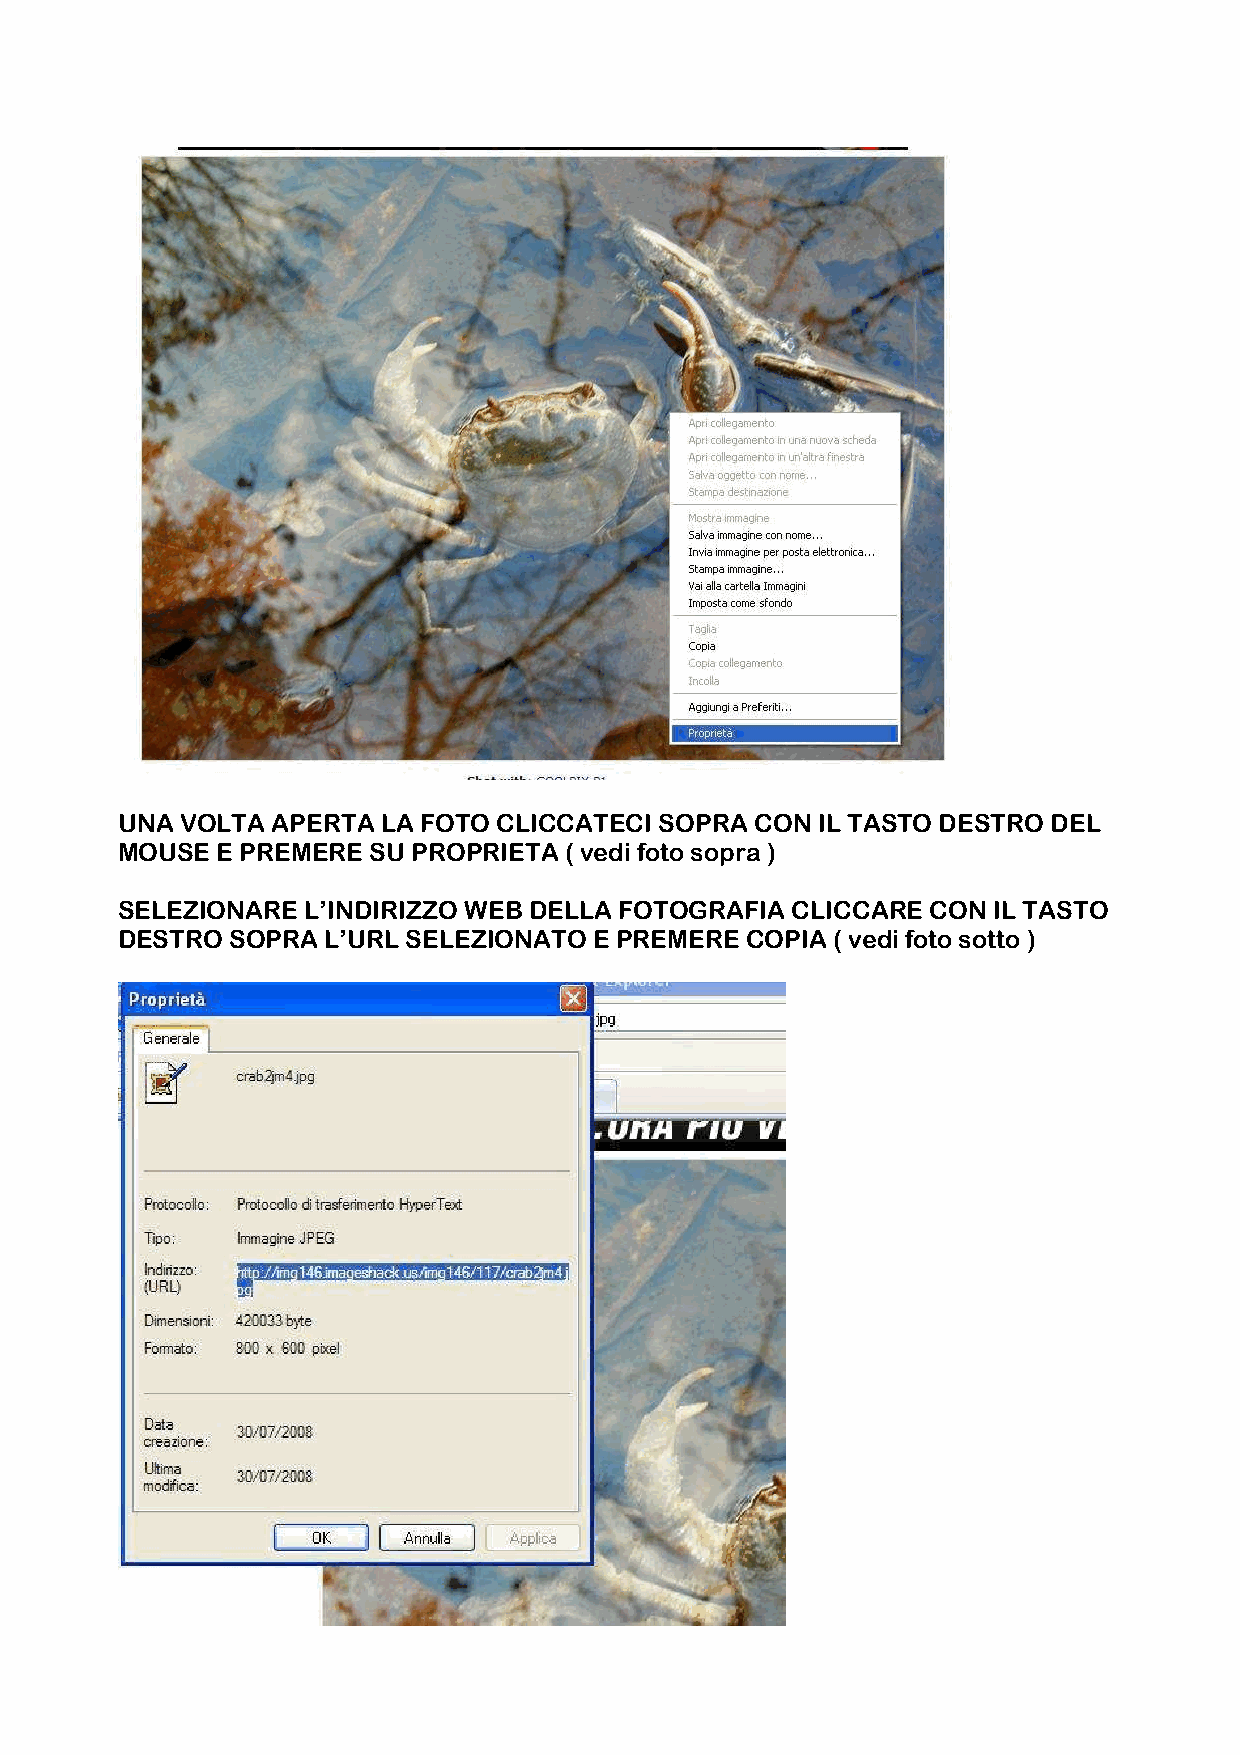
UNA VOLTA APERTA LA FOTO CLICCATECI SOPRA CON IL TASTO DESTRO DEL
 MOUSE E PREMERE SU PROPRIETA ( vedi foto sopra )
 SELEZIONARE L’INDIRIZZO WEB DELLA FOTOGRAFIA CLICCARE CON IL TASTO
 DESTRO SOPRA  L’URL SELEZIONATO E PREMERE COPIA ( vedi foto sotto )